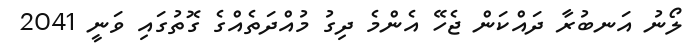
ލޯނު އަނބުރާ ދައްކަން ޖެހޭ އެންމެ ދިގު މުއްދަތެއްގެ ގޮތުގައި ވަނީ 2041